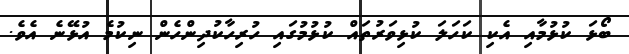
ބޯޅަ ކުޅުމާއި އެކި ކަހަލަ ކުޅިވަރުތައް ކުޅުމުގައި ހުރިހާކުދިންހެން ނިކުމެ އުޅޭނެ އެވެ.